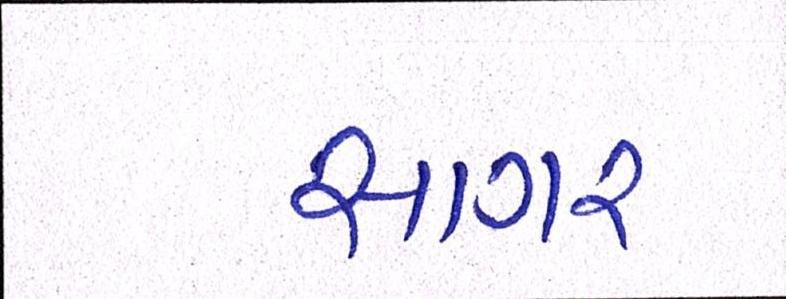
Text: સાગર